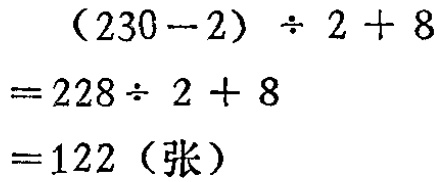
\[
\begin{align*}
&(230 - 2)\div 2 + 8\\
=&228\div 2 + 8\\
=&122 (\text{张})
\end{align*}
\]